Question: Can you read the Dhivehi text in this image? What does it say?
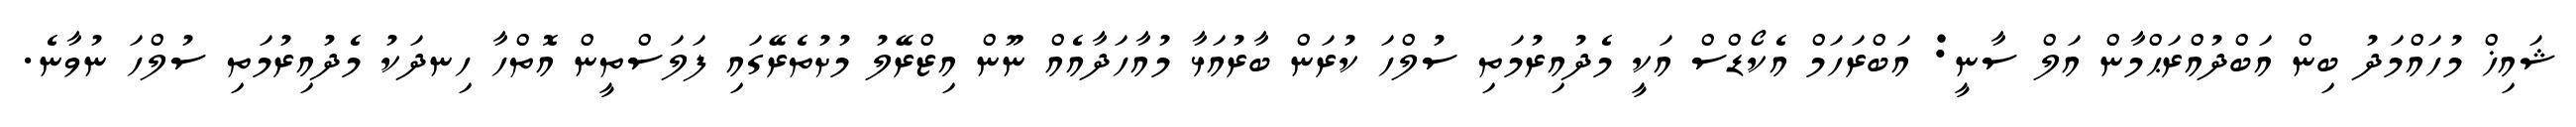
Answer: ޝައިޚް މުހައްމަދު ބިން އަބްދުއްރަޙްމާން އަލް ސާނީ: އަބްރަހަމް އެކޯޑްސް އަކީ މެދުއިރުމަތި ސުލްހަ ކުރަން ބާރުއަޅާ މުއާހަދާއެއް ނޫން އިޒްރޭލު މުށުތެރޭގައި ފަލަސްތީން އޮތްހާ ހިނދަކު މެދުއިރުމަތި ސުލްހަ ނުވާނެ.